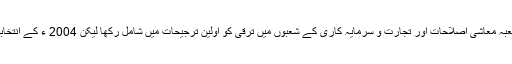
1995-2004 ء چندرابابو نے اپنے دور اقتدار میں آئی ٹی شعبہ معاشی اصلاحات اور تجارت و سرمایہ کاری کے شعبوں میں ترقی کو اولین ترجیحات میں شامل رکھا لیکن 2004 ء کے انتخابات میں اپنی بعض پالیسیوں کے باعث انھیں کا سامنا کرنا پڑا۔